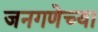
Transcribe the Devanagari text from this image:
जनगणेच्या